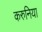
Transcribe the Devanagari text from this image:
करुनिया